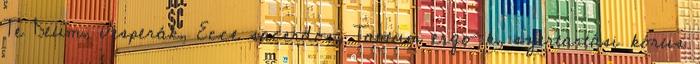
Te Deum, vesperák, Ecce sacerdos, Tantum ergo-k, szertartási kórus